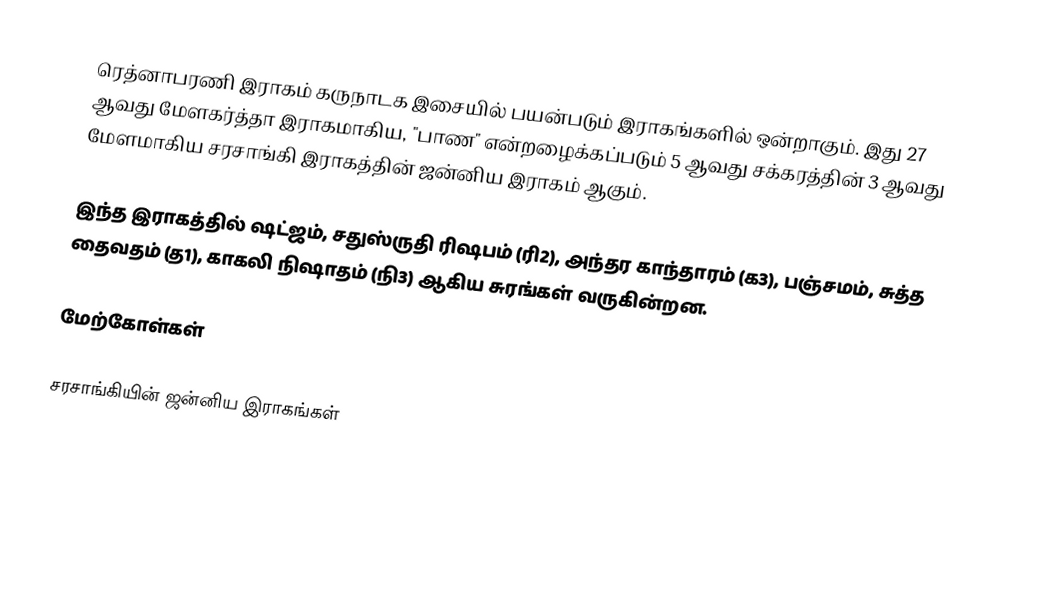
ரெத்னாபரணி இராகம் கருநாடக இசையில் பயன்படும் இராகங்களில் ஒன்றாகும். இது 27 ஆவது மேளகர்த்தா இராகமாகிய, "பாண" என்றழைக்கப்படும் 5 ஆவது சக்கரத்தின் 3 ஆவது மேளமாகிய சரசாங்கி இராகத்தின் ஜன்னிய இராகம் ஆகும்.

இந்த இராகத்தில் ஷட்ஜம், சதுஸ்ருதி ரிஷபம் (ரி2), அந்தர காந்தாரம் (க3), பஞ்சமம், சுத்த தைவதம் (த1), காகலி நிஷாதம் (நி3) ஆகிய சுரங்கள் வருகின்றன.

மேற்கோள்கள்

சரசாங்கியின் ஜன்னிய இராகங்கள்